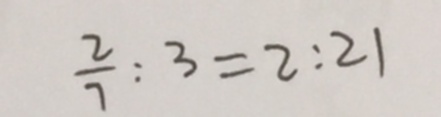
\frac { 2 } { 7 } : 3 = 2 : 2 1